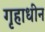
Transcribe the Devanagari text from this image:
गृहाधीन